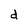
Character: d